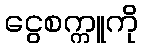
ငွေစက္ကူကို